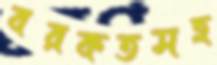
বরকতসহ